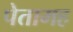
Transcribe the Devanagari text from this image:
पेतामह